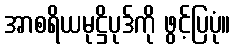
အာစရိယမုဋ္ဌိပုဒ်ကို ဖွင့်ပြပုံ။